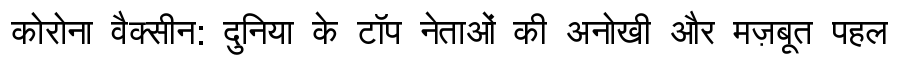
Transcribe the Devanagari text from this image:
कोरोना वैक्सीन: दुनिया के टॉप नेताओं की अनोखी और मज़बूत पहल